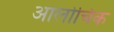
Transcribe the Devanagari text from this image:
आलोचिक